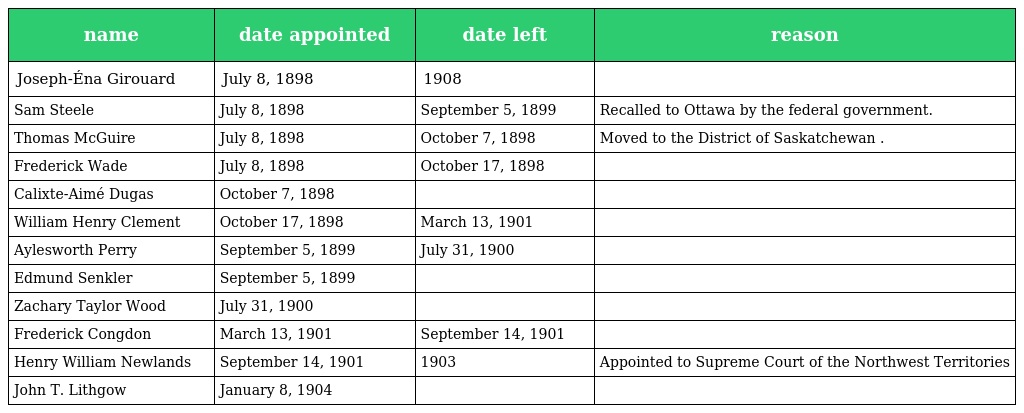
| name | date appointed | date left | reason |
 | --- | --- | --- | --- |
 | Joseph-Éna Girouard | July 8, 1898 | 1908 |  |
 | Sam Steele | July 8, 1898 | September 5, 1899 | Recalled to Ottawa by the federal government. |
 | Thomas McGuire | July 8, 1898 | October 7, 1898 | Moved to the District of Saskatchewan . |
 | Frederick Wade | July 8, 1898 | October 17, 1898 |  |
 | Calixte-Aimé Dugas | October 7, 1898 |  |  |
 | William Henry Clement | October 17, 1898 | March 13, 1901 |  |
 | Aylesworth Perry | September 5, 1899 | July 31, 1900 |  |
 | Edmund Senkler | September 5, 1899 |  |  |
 | Zachary Taylor Wood | July 31, 1900 |  |  |
 | Frederick Congdon | March 13, 1901 | September 14, 1901 |  |
 | Henry William Newlands | September 14, 1901 | 1903 | Appointed to Supreme Court of the Northwest Territories |
 | John T. Lithgow | January 8, 1904 |  |  |